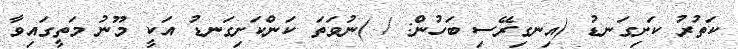
ކަތުރު ކަށިގަނޑު (އިނގިރޭސި ބަހުން: / )ނުވަތަ ކަންކަށިގަނޑު އަކީ މޫނު މަތީގައިވާ